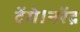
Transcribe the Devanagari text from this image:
देंगे।नरेंद्र